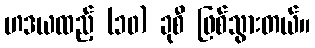
ဟဒယထည့် (၁၀) ခုစီ ဖြစ်သွားတယ်။